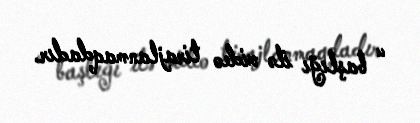
“ başlığı ilə video tirajlanmaqdadır.